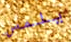
يلمس